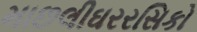
માછલીઘરરસિકો